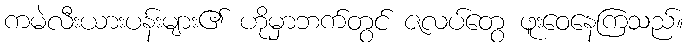
ကမဲလီးယားပန်းများ၏ ဟိုမှာဘက်တွင် ဇလပ်တွေ ဖူးဝေနေကြသည်။